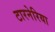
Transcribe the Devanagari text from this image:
टारनेरिया